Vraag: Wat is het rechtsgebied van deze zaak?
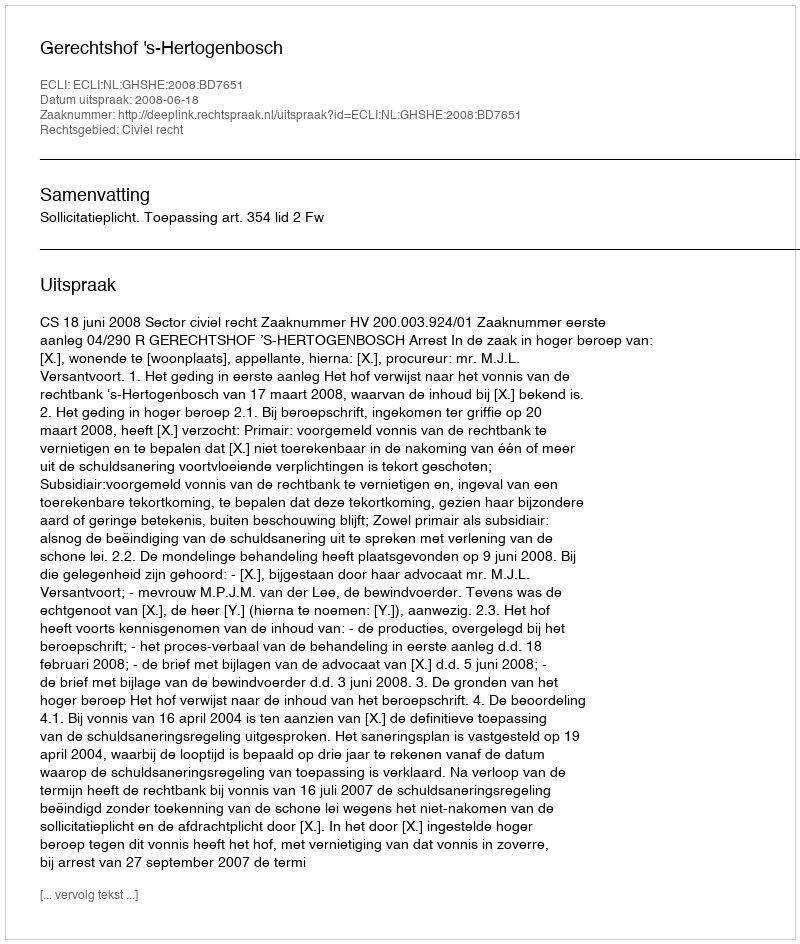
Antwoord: Civiel recht